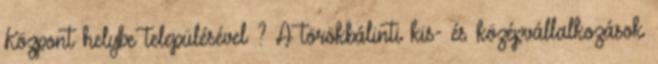
Központ helybe településével ? A törökbálinti kis- és középvállalkozások